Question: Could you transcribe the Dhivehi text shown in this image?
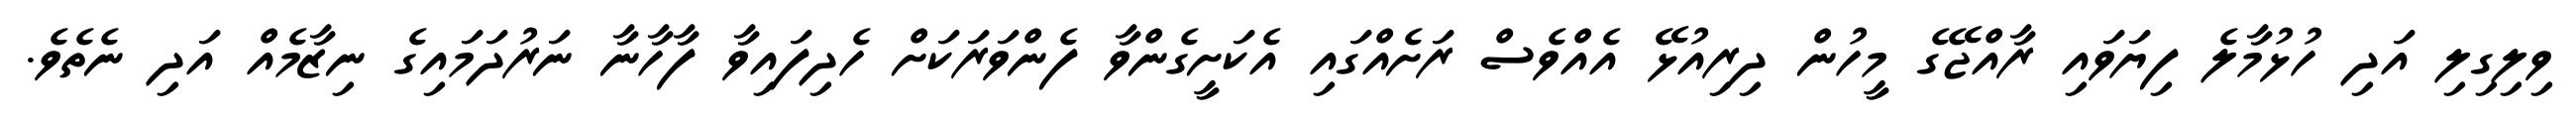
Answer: ވިލިގިލި އަދި ހުޅުމާލެ ފިޔަވައި ރާއްޖޭގެ މީހުން ދިރިއުޅޭ އެއްވެސް ރަށެއްގައި އެކަށީގެންވާ ފެންވަރަކަށް ހެދިފައިވާ ފާހާނާ ނަރުދަމައިގެ ނިޒާމެއް އަދި ނެތެވެ.